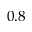
0 . 8